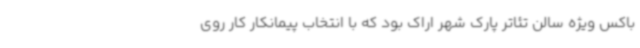
باکس ویژه سالن تئاتر پارک شهر اراک بود که با انتخاب پیمانکار کار روی